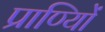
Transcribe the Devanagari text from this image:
प्राण्यिों